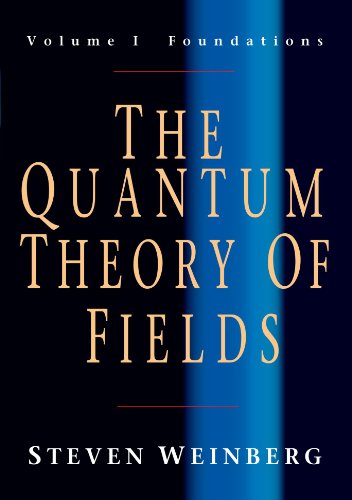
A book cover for The Quantum Theory of Fields, Volume 1: Foundations; Steven Weinberg; Science & Math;